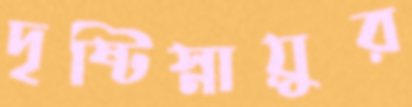
দৃষ্টিস্নায়ুর